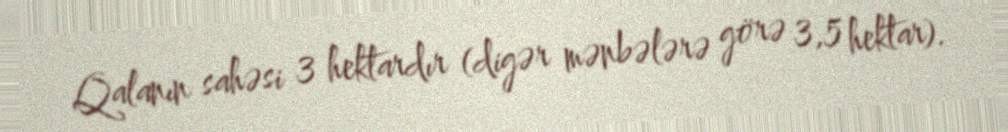
Qalanın sahəsi 3 hektardır (digər mənbələrə görə 3,5 hektar).